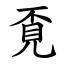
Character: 覔